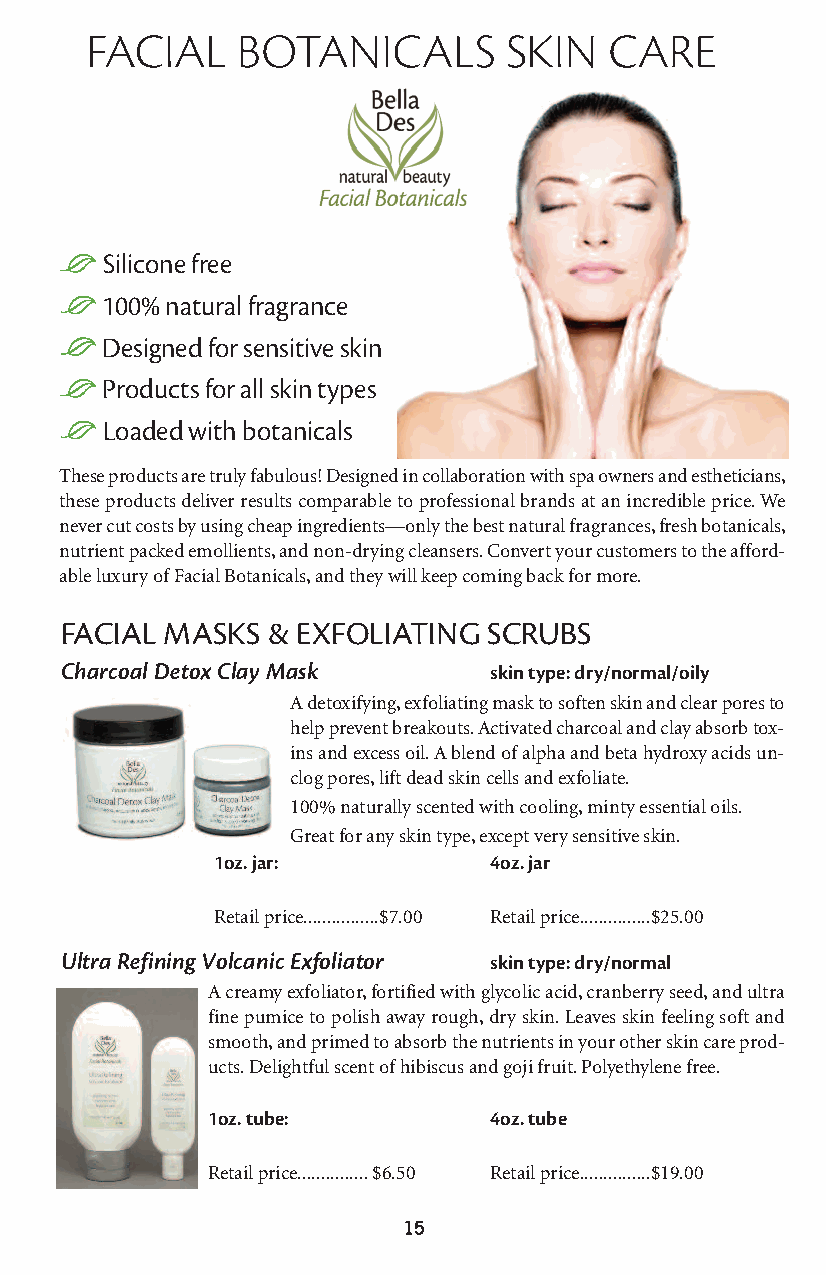
facial    botanicals       skin   care
 L  Silicone free
 L100%  natural fragrance
 LDesigned for sensitive skin
 LProducts for all skin types
 L  Loaded with botanicals
 These products are truly fabulous! Designed in collaboration with spa owners and estheticians,
 these products deliver results comparable to professional brands at an incredible price. We
 never cut costs by using cheap ingredients—only the best natural fragrances, fresh botanicals,
 nutrient packed emollients, and non-drying cleansers. Convert your customers to the afford-
 able luxury of Facial Botanicals, and they will keep coming back for more.
 FACIAL MASKS  & EXFOLIATING SCRUBS
 Charcoal Detox Clay Mask    skin type: dry/normal/oily
 A detoxifying, exfoliating mask to soften skin and clear pores to
 help prevent breakouts. Activated charcoal and clay absorb tox-
 ins and excess oil. A blend of alpha and beta hydroxy acids un-
 clog pores, lift dead skin cells and exfoliate.
 100% naturally scented with cooling, minty essential oils.
 Great for any skin type, except very sensitive skin.
 1oz. jar:         4oz. jar
 Retail price................$7.00 Retail price...............$25.00
 Ultra Refining Volcanic Exfoliator skin type: dry/normal
 A creamy exfoliator, fortified with glycolic acid, cranberry seed, and ultra
 fine pumice to polish away rough, dry skin. Leaves skin feeling soft and
 smooth, and primed to absorb the nutrients in your other skin care prod-
 ucts. Delightful scent of hibiscus and goji fruit. Polyethylene free.
 1oz. tube:        4oz. tube
 Retail price...............$6.50 Retail price...............$19.00
 15